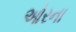
ઓરના